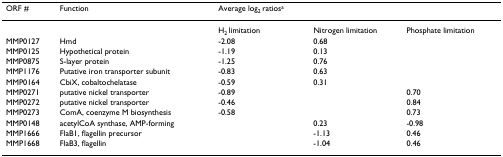
<table><thead><tr><td><b>ORF #</b></td><td><b>Function</b></td><td><b>Average log<sub>2 </sub>ratios<sup>a</sup></b></td><td></td><td></td></tr></thead><tbody><tr><td></td><td></td><td>H<sub>2 </sub>limitation</td><td>Nitrogen limitation</td><td>Phosphate limitation</td></tr><tr><td>MMP0127</td><td>Hmd</td><td>-2.08</td><td>0.68</td><td></td></tr><tr><td>MMP0125</td><td>Hypothetical protein</td><td>-1.19</td><td>0.13</td><td></td></tr><tr><td>MMP0875</td><td>S-layer protein</td><td>-1.25</td><td>0.76</td><td></td></tr><tr><td>MMP1176</td><td>Putative iron transporter subunit</td><td>-0.83</td><td>0.63</td><td></td></tr><tr><td>MMP0164</td><td>CbiX, cobaltochelatase</td><td>-0.59</td><td>0.31</td><td></td></tr><tr><td>MMP0271</td><td>putative nickel transporter</td><td>-0.89</td><td></td><td>0.70</td></tr><tr><td>MMP0272</td><td>putative nickel transporter</td><td>-0.46</td><td></td><td>0.84</td></tr><tr><td>MMP0273</td><td>ComA, coenzyme M biosynthesis</td><td>-0.58</td><td></td><td>0.73</td></tr><tr><td>MMP0148</td><td>acetylCoA synthase, AMP-forming</td><td></td><td>0.23</td><td>-0.98</td></tr><tr><td>MMP1666</td><td>FlaB1, flagellin precursor</td><td></td><td>-1.13</td><td>0.46</td></tr><tr><td>MMP1668</td><td>FlaB3, flagellin</td><td></td><td>-1.04</td><td>0.46</td></tr></tbody></table>